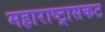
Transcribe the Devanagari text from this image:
महाराष्ट्रासकट